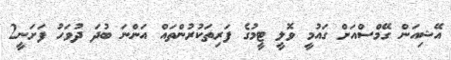
އޭޝިއަން ގޭމްސްއަށް ގައުމީ ވޮލީ ޓީމުގެ ފަރިތަކުރުންތައް އަންނަ ބުދަ ދުވަހު ފަށަނީ2